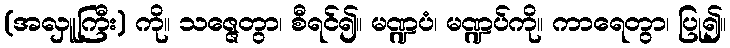
(အလှူကြီး) ကို။ သဇ္ဇေတွာ၊ စီရင်၍။ မဏ္ဍပံ၊ မဏ္ဍပ်ကို။ ကာရေတွာ၊ ပြု၍။